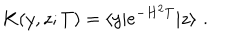
K ( y , z ; T ) = \langle y | e ^ { - H ^ { 2 } T } | z \rangle \, \, .